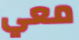
معي